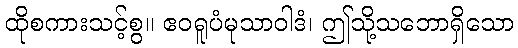
ထိုစကားသင့်စွ။ ဧဝရူပံမုသာဝါဒံ၊ ဤသို့သဘောရှိသော